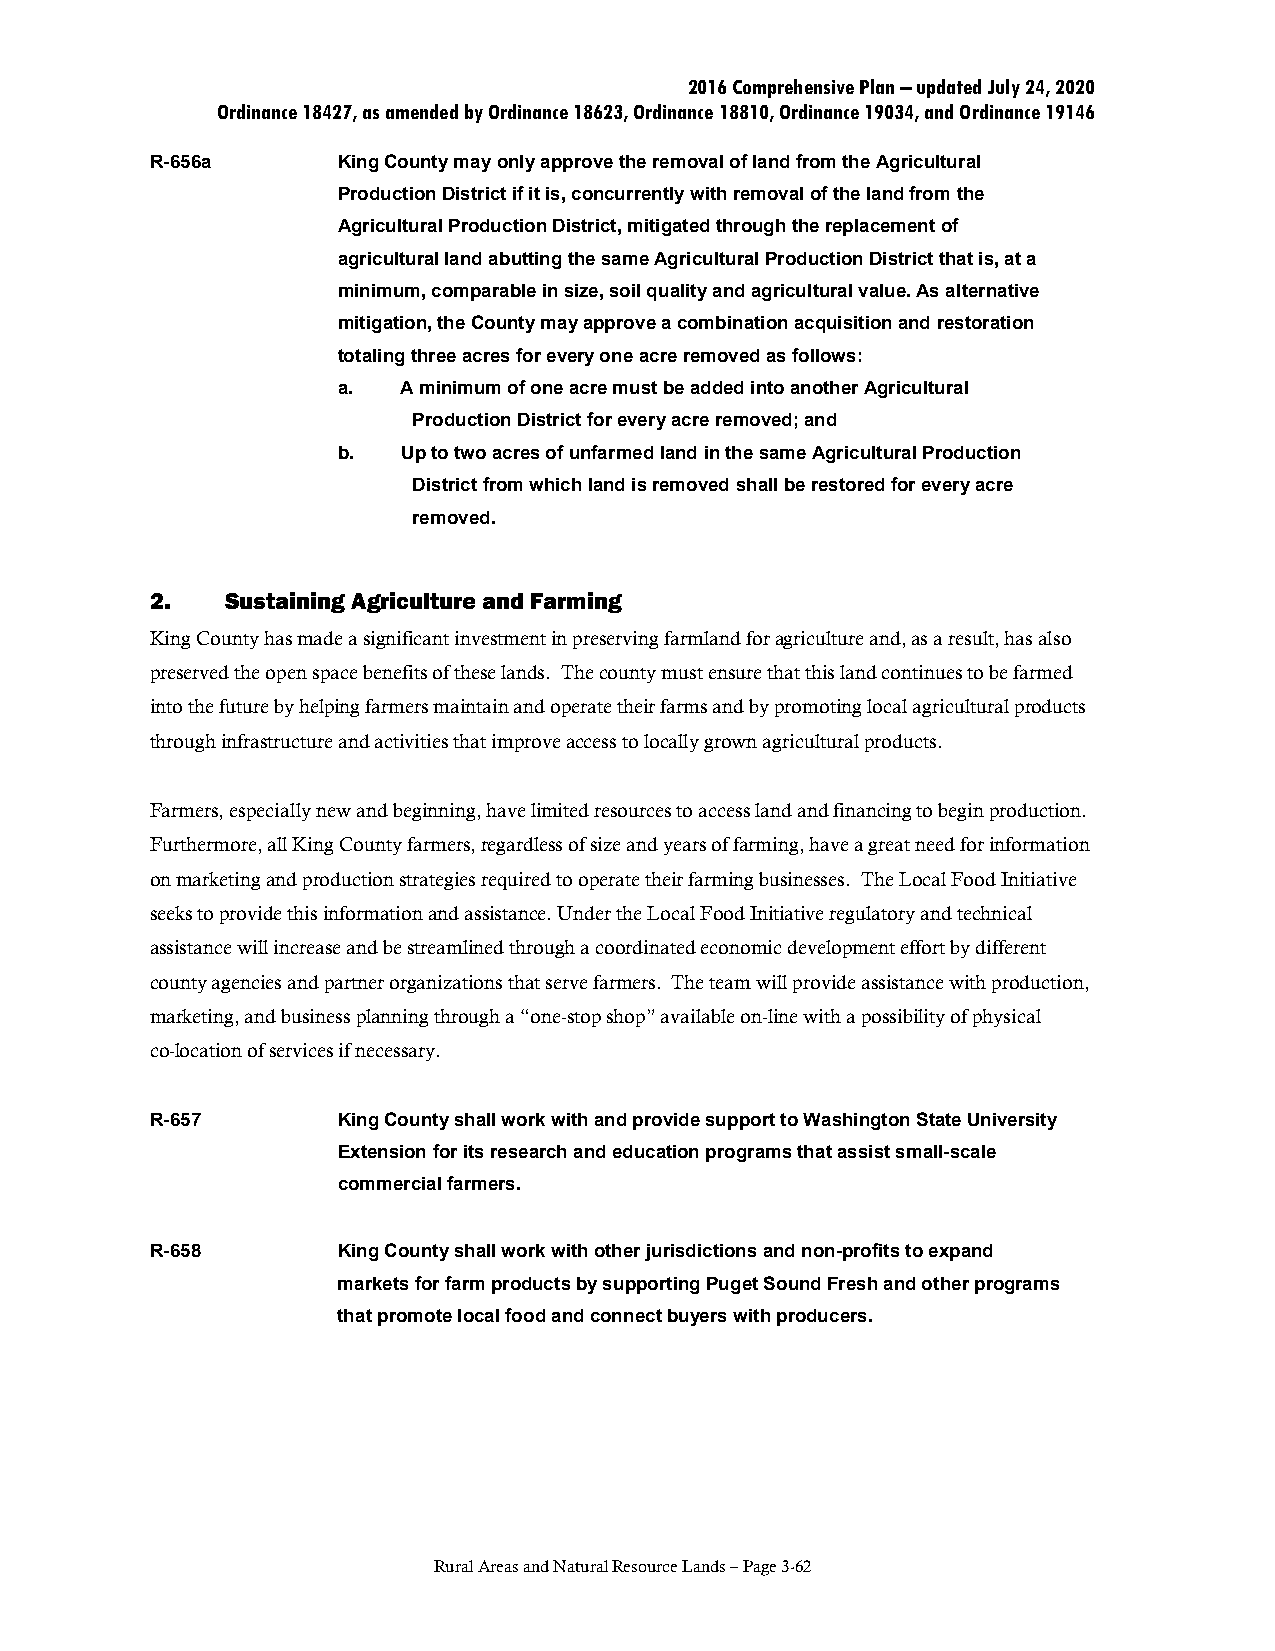
2016 Comprehensive Plan – updated July 24, 2020
 Ordinance 18427, as amended by Ordinance 18623, Ordinance 18810, Ordinance 19034, and Ordinance 19146
 R-656a      King County may only approve the removal of land from the Agricultural
 Production District if it is, concurrently with removal of the land from the
 Agricultural Production District, mitigated through the replacement of
 agricultural land abutting the same Agricultural Production District that is, at a
 minimum, comparable in size, soil quality and agricultural value. As alternative
 mitigation, the County may approve a combination acquisition and restoration
 totaling three acres for every one acre removed as follows:
 a.  A minimum of one acre must be added into another Agricultural
 Production District for every acre removed; and
 b.   Up to two acres of unfarmed land in the same Agricultural Production
 District from which land is removed shall be restored for every acre
 removed.
 2.   Sustaining Agriculture and Farming
 King County has made a significant investment in preserving farmland for agriculture and, as a result, has also
 preserved the open space benefits of these lands. The county must ensure that this land continues to be farmed
 into the future by helping farmers maintain and operate their farms and by promoting local agricultural products
 through infrastructure and activities that improve access to locally grown agricultural products.
 Farmers, especially new and beginning, have limited resources to access land and financing to begin production.
 Furthermore, all King County farmers, regardless of size and years of farming, have a great need for information
 on marketing and production strategies required to operate their farming businesses. The Local Food Initiative
 seeks to provide this information and assistance. Under the Local Food Initiative regulatory and technical
 assistance will increase and be streamlined through a coordinated economic development effort by different
 county agencies and partner organizations that serve farmers. The team will provide assistance with production,
 marketing, and business planning through a “one-stop shop” available on-line with a possibility of physical
 co-location of services if necessary.
 R-657       King County shall work with and provide support to Washington State University
 Extension for its research and education programs that assist small-scale
 commercial farmers.
 R-658       King County shall work with other jurisdictions and non-profits to expand
 markets for farm products by supporting Puget Sound Fresh and other programs
 that promote local food and connect buyers with producers.
 Rural Areas and Natural Resource Lands – Page 3-62